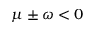
\mu \pm \omega < 0